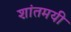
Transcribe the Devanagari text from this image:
शांतमयी